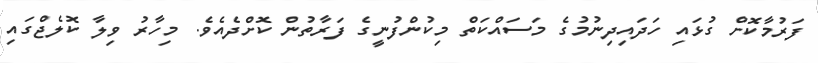
ފަރުމާކޮށް ގުޅައި ހަދައިދިނުމުގެ މަސައްކަތް މިކުންފުނީގެ ފަރާތުން ކޮށްދެއެވެ. މިހާރު ވިލާ ކޮލެޖްގައި